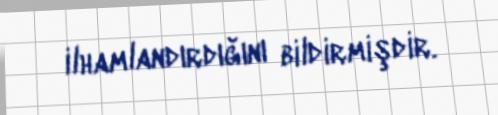
ilhamlandırdığını bildirmişdir.